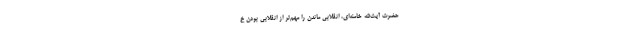
حضرت آیت‌الله خامنه‌ای، انقلابی ماندن را مهم‌تر از انقلابی بودن خ